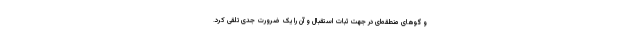
و گوهای منطقه‌ای در جهت ثبات استقبال و آن را یک ضرورت جدی تلقی کرد.